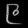
Digit: ၉